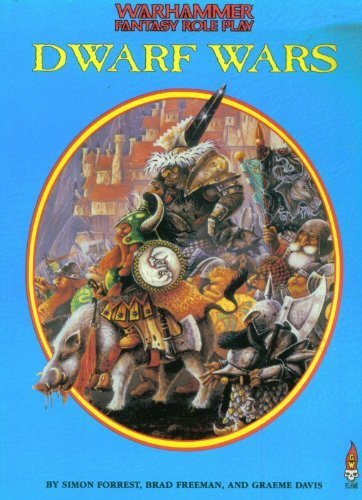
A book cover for Dwarf Wars (Warhammer Fantasy Roleplay); Simon Forrest; Science Fiction & Fantasy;